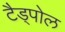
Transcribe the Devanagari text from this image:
टैड्पोल